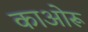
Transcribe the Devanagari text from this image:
काओरू